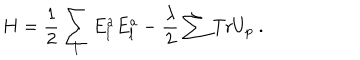
H = { \frac { 1 } { 2 } } \sum _ { l } E _ { l } ^ { a } E _ { l } ^ { a } - { \frac { \lambda } { 2 } } \sum \mathrm { T r } U _ { p } ~ .